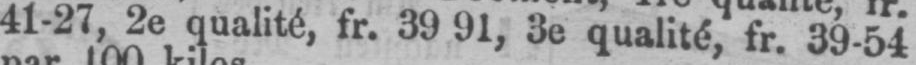
3e qualité fr. 39-54